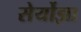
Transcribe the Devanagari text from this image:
सेर्योझा